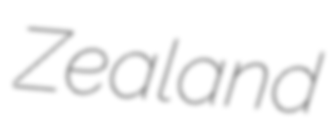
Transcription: Zealand